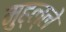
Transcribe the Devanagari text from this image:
मुह्ल्ले